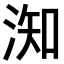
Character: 𣶱